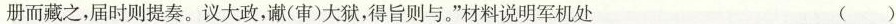
册而藏之，届时则提奏。议大政，谳(审)大狱，得旨则与。”材料说明军机处 ()